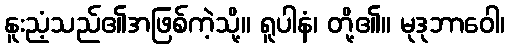
နူးညံ့သည်၏အဖြစ်ကဲ့သို့။ ရူပါနံ၊ တို့၏။ မုဒုဘာဝေါ၊